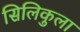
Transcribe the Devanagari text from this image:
सिलिकुला